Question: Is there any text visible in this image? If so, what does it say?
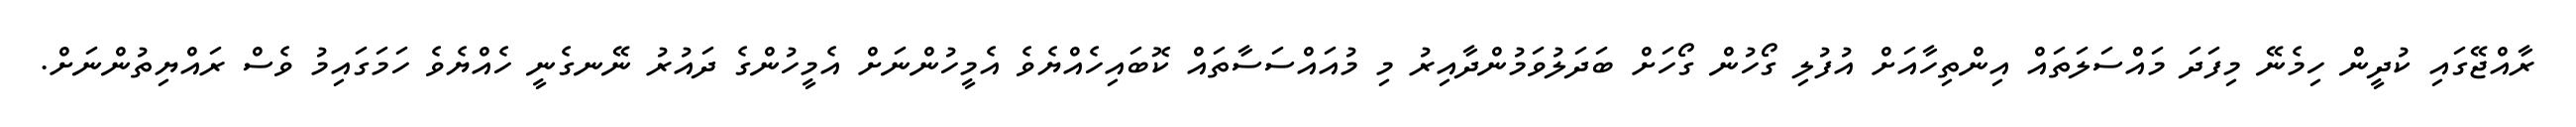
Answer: ރާއްޖޭގައި ކުދީން ހިމެނޭ މިފަދަ މައްސަލަތައް އިންތިހާއަށް އުފުލި ގޯހުން ގޯހަށް ބަދަލުވަމުންދާއިރު މި މުއައްސަސާތައް ކޮބައިހެއްޔެވެ އެމީހުންނަށް އެމީހުންގެ ދައުރު ނޭނގެނީ ހެއްޔެވެ ހަމަގައިމު ވެސް ރައްޔިތުންނަށް.